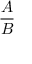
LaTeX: \frac { A } { B }